Materia medica of Madras volume I
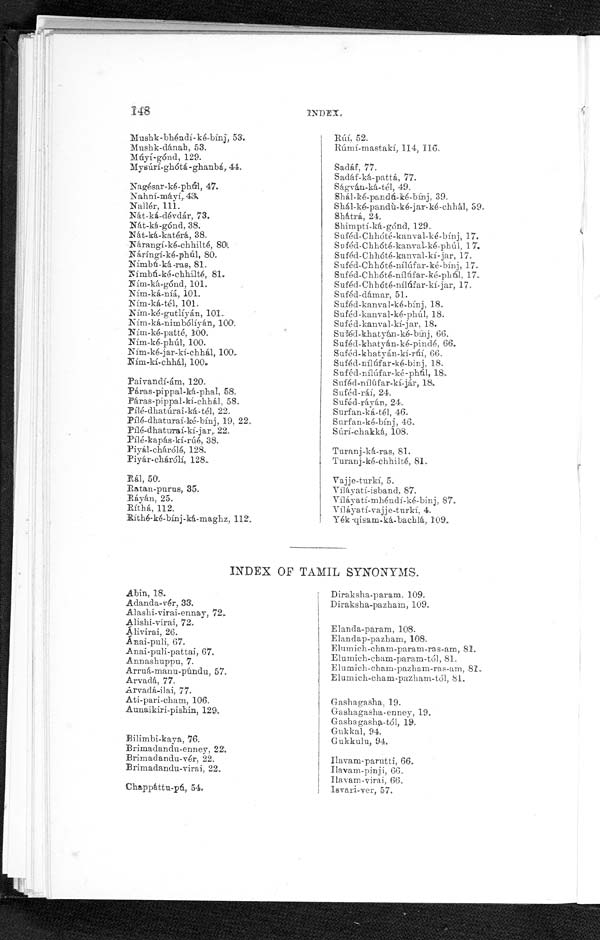
Abin, 18.
Adanda-vér, 33.
Alashi-virai-ennay,
Alishi-virai, 72.
Álivirai, 26.
Ánai-puli, 67.
Anai-puli-pattai, 67.
Annashuppu, 7.
Arruá-manu-púndu, 57.
Arvadá, 77.
.Arvadá-ilai, 77.
Ati-pari-cham, 106.
Aunaikiri-pishin, 129.
Bilimbi-kaya, '76.
Brimadandu-enney, 22.
Brimadandu-vér, 22.
Brimadandu-virai, 22.
Chappáttu-pú, 54..
Diraksha-param. 109.
Diraksha-pazham, 109.
Elanda-param, 108.
Elandap-pazham, 108.
Elumich-cham-param-ras-am,
81.
Elumich-cham-param-tól, 81.
Elumich-cham-pazham-ras-am, 81
.
Elumich-cham-pazham-tól, 81.
Gashagasha, 19.
Gashagasha-enney, 19.
Gashagasha-tó1, 19.
Gukkal, 94.
Gukkulu, 94.
Ilavam-parutti, 66.
Ilavam-pinji, 66.
Ilavam-virai. 66.
I s v a r i - v e r , 5 7 .
148
Mushk-bhéncli-ké-bínj, 53.
Musbk-dánah, 53.
Múyi-gónd, 129.
Mysúrí-ghótá-ghanbá, 44.
Nagésar-ké-phú1, 47.
Nahní-máyí,.42.
Nailér, 111.
Nát-ká-dévdár, 73.
Nát-ká-gónd, 38.
Nát-ká-katérá., 38.
Nárangi-ké-chhilté,
Náríngí-ké-phúl, 80.
Nímbú-ká-ras, 81.
Nimbú-ké-chhilté, 81.
Ním-ká-gónd, 101.
Ním-ká-níá, 101.
Ním-ká-tél, 101.
Ním-ké-gutlíyán, 101.
Ním-ká-nimbúliyàn, 100.
Ním-ké-patté, 100.
Ním-ké-phúl, 100.
Ním-ké-jar-kí-chhál, 100.
Ním-kí-chhál, 100.
Paivandí-ám, 120.
Pàras-pippal-ká-phal, 58.
Páras-pippal-ki-chhál, 58.
Pí1é-dhatúrai-ká.-tél, 22.
Pí1é-dhaturaí-ké-bíuj, 19, 22,
Pílé-dhaturaí-ki-jar, 22.
Pí1é-kapás-kí-rúé, 38.
Piyál-chárólé, 128.
Piyár-chárólí, 128.
Rál, 50.
Ratan-pnrus, 35.
Ráyán, 25.
Ríthá,112.
Rithé-ké-bínj-ká-maghz, 112.
INDEX.
R ú í , 5 2 .
Rúmi-mastaki., 114, 116.
Sadáf, 77.
Sadaf-ká.-pattá, 77.
Ságván-ká.-té1, 49.
Shál-ké-pandú-ké-bínj, 39.
Shá1-ké-pandù-ké-jar-ké-chhál, 69
.
Shátrá, 24.
Shimptí-ká-gónd, 129.
Suféd-Chhóté-kanval-ké-bínj, 17.
Suféd-Chhóté-kanval-ké-phúl, 17.
Suféd-Chhóté-kanval-kí-jar, 17.
Suféd-Chhóté-nílúfar-ké,-bínj, 17.
Suféd-Chhóté-nílúfar-ké-plú1, 17.
Suféd-Chhóté-nílúfar-kí-jar, 17.
Suféd-dámar, 51.
Suféd-kanval-ké-bínj, 18.
Suféd-kanval-ké-phúl, 18.
Suféd-kanval-kí-jar, 18.
Suféd-khatyán-ké-binj, 66.
Suféd-khatyán-ké-pindé, 66.
Suféd-khatyán-kí-úí. 66.
Suféd-nílúfar-ké-binj, 18.
Suféd-nílúfar-ké-phúl, 18.
Suféd-nílúfar-kí-jár, 18.
Suféd-ráí, 24.
Suféd-ráyán, 24.
Surfan-ká-tél, 46.
Surfan-ké-bínj, 4.6.
Súrí-chakká, 108.
Tu r a n j - k á r a s , 8 1 . .
Turanj-ké-chhilté, 81
.
Vajje-turkí, 5.
Víláyatí-isband, 87.
Víláyati-mhéndi-ké-binj, 87.
Víláyatí-vajje-tnrkí, 4.
Yék -qisam-ká-bachlá, 109.
INDEX OF TAMIL SYNONYMS.